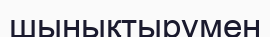
шынықтырумен